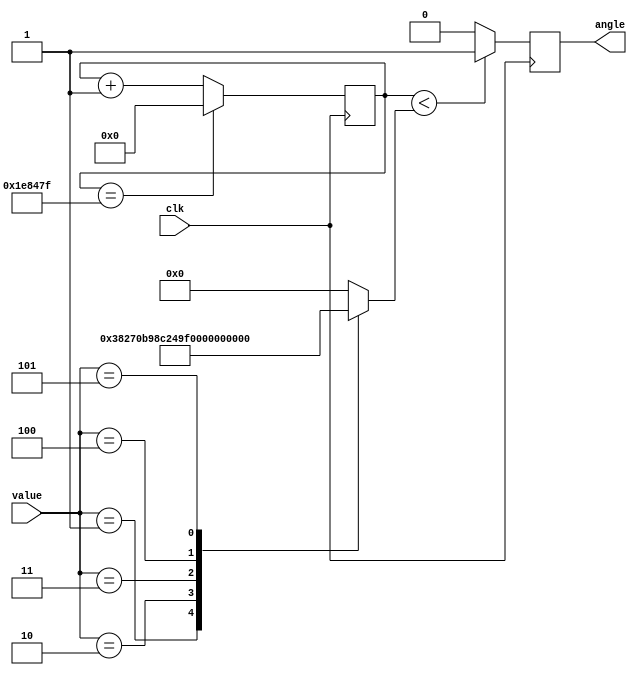
module servo_pwm (
	input clk,
	input [2:0] value,
	output reg angle	
	);

parameter constant = 2000000; 
reg [20:0] counter;
reg [17:0] decoded;

initial begin
	counter = 0;
	decoded = 0;
end

always @ (posedge clk)
begin
	if (counter == constant - 1)
		counter <= 0;
	else 
		counter <= counter + 1;
	if (counter < decoded)
	   angle <= 1;
	else 
	   angle <= 0; 
	
end


always @ (value) 
	begin
		case(value)
			3'd1 : decoded = 18'd230000;
			3'd2 : decoded = 18'd190000;
			3'd3 : decoded = 18'd150000;
			3'd4 : decoded = 18'd110000;
			3'd5 : decoded = 18'd70000;
			default : decoded = 18'd0;
		endcase
	end



endmodule